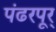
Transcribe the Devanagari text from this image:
पंढरपूर्